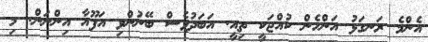
އެންމެ ރަނގަޅު އަންހެން ކުއްޖަކީ ތިއީ. އަބަދުވެސް ބޭނުންވި އަފޫއާ އިންނަން. މި